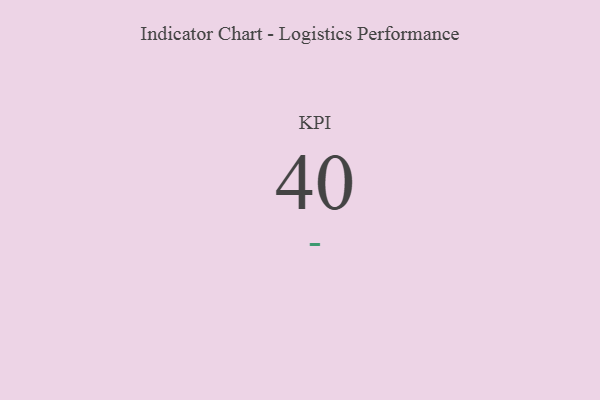
{"axis": {"x": "KPI", "y": "Value"}, "legend": [""], "data": [{"x": "KPI", "y": 40, "type": ""}]}